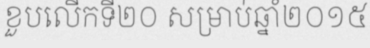
ខួបលើកទី២០ សម្រាប់ឆ្នាំ២០១៥